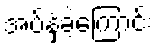
အပ်နှံခဲ့ကြောင်း